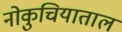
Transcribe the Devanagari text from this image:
नोकुचियाताल